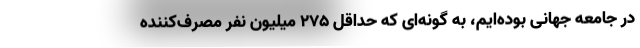
در جامعه جهانی بوده‌ایم، به گونه‌ای که حداقل ۲۷۵ میلیون نفر مصرف‌کننده